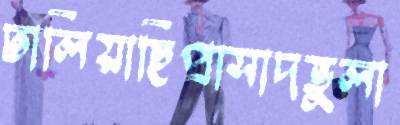
ঢালিয়াছিপ্রাসাদভুলা